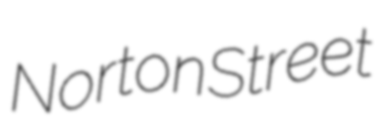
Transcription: Norton Street